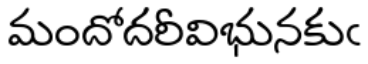
మందోదరీవిభునకుఁ